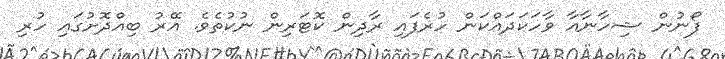
ފޯނުން ޝިހާނާއާ ވާހަކަދައްކަން ހުރެފައި ރާދިން ކޮޓަރިން ނުކުތެވެ. އޭރު ބިއްދޮށުގައި ހުރި